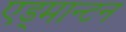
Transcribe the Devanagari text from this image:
एड्मान्टन